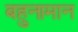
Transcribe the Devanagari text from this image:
बहुनामान